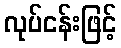
လုပ်ငန်းဖြင့်